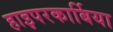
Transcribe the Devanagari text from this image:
हाइपरकार्बिया